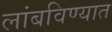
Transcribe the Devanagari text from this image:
लांबविण्यात